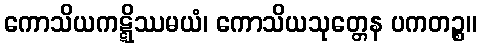
ကောသိယကဋ္ဋိဿမယံ၊ ကောသိယသုတ္တေန ပကတဉ္စ။